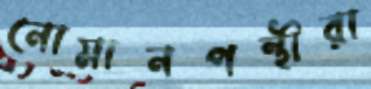
নোমানপন্থীরা